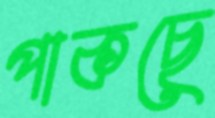
পাকছে